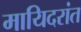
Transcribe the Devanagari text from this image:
मायिदरांत